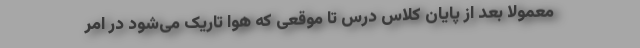
معمولا بعد از پایان کلاس درس تا موقعی که هوا تاریک می‌شود در امر